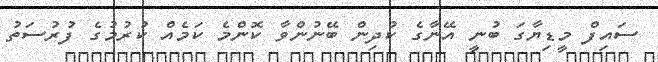
ސައިފް މީޑިޔާގަ ބުނީ އޭނާގެ ކުދިން ބޭނުންވާ ކޮންމެ ކަމެއް ކުރުމުގެ ފުރުސަތު